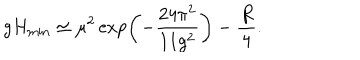
LaTeX: g H _ { \mathrm { m i n } } \simeq \mu ^ { 2 } \exp \left( - { \frac { 2 4 \pi ^ { 2 } } { 1 1 g ^ { 2 } } } \right) - { \frac { R } { 4 } } .